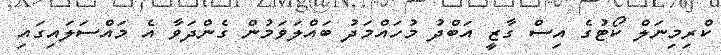
ކްރިމިނަލް ކޯޓުގެ އިސް ގާޒީ އަބްދު މުހައްމަދު ބައްލަވަމުން ގެންދަވާ އެ މައްސަލައިގައި